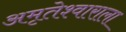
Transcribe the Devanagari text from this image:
अमृतेश्वाराला